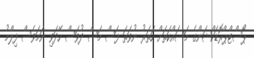
ޕޯސްޓްޕްރޮޑަކްޝަންގެ މަސައްކަތަށް ހަތަރު ނުވަތަ ފަސް މަސް ދުވަސް ހޭދަވި ނަމަވެސް ފިލްމު